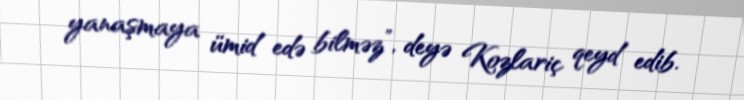
yanaşmaya ümid edə bilməz”, deyə Kozlariç qeyd edib.